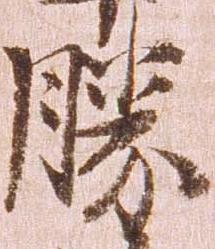
勝